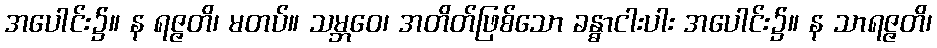
အပေါင်း၌။ န ရဇ္ဇတိ၊ မတပ်။ သမ္ဘဝေ၊ အတိတ်ဖြစ်သော ခန္ဓာငါးပါး အပေါင်း၌။ န သာရဇ္ဇတိ၊